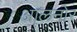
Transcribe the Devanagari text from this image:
आलनोर